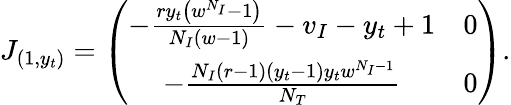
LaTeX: J_{(1,y_{t})}=\left(\begin{array}{cc}{-\frac{ry_{t}\left(w^{N_{I}}-1\right)}{N_{I}(w-1)}-v_{I}-y_{t}+1}&{0}\\ {-\frac{N_{I}(r-1)(y_{t}-1)y_{t}w^{N_{I}-1}}{N_{T}}}&{0}\end{array}\right).